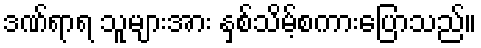
ဒဏ်ရာရ သူများအား နှစ်သိမ့်စကားပြောသည်။